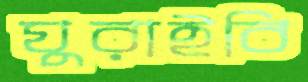
ঘুরাইবি